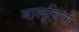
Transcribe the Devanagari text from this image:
बालूचित्रों